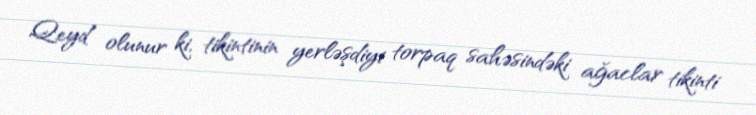
Qeyd olunur ki, tikintinin yerləşdiyi torpaq sahəsindəki ağaclar tikinti